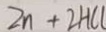
Z n + 2 H C l